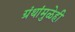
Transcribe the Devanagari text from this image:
ग्रंथांमुळेही